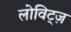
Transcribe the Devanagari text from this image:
लोविट्ज़